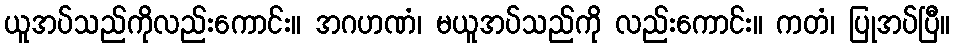
ယူအပ်သည်ကိုလည်းကောင်း။ အဂဟဏံ၊ မယူအပ်သည်ကို လည်းကောင်း။ ကတံ၊ ပြုအပ်ပြီ။